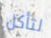
لتأكل